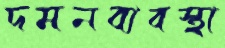
দমনব্যবস্থা